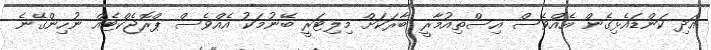
އަދި ކަންޑައެޅިގެން އެއްވެސް އިސްތިއުމާރީ ބާރަކަށް މިލިޓަރީ ބޭނުމަކު އެއްވެސް ޕްރޮޖެކްޓެއް ނުހިންގޭނެ